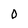
Character: O